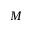
M